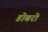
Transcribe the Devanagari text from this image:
डोबरो